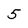
Character: 5